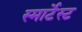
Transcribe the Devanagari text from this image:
स्मार्टेस्ट